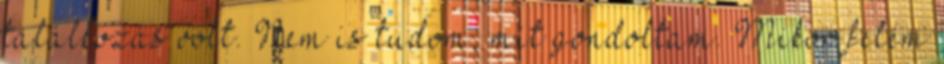
találkozás volt. Nem is tudom, mit gondoltam. Mikor felém